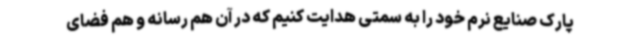
پارک صنایع نرم خود را به سمتی هدایت کنیم که در آن هم رسانه و هم فضای